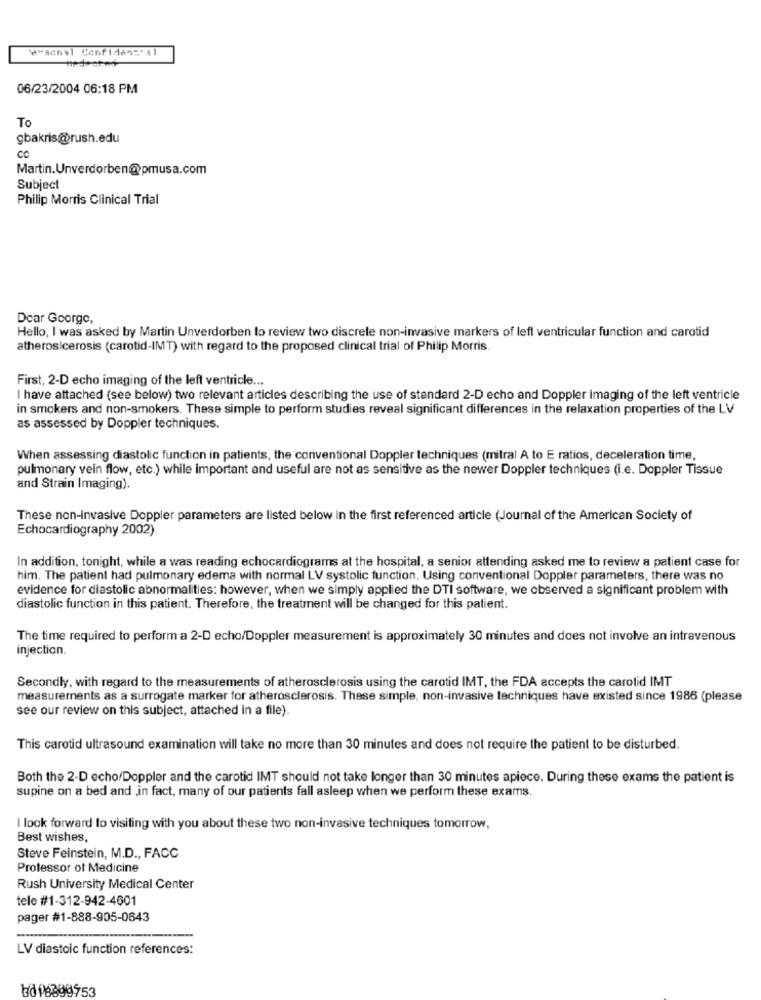
w"sanal Confidencial
06/23/2004 06:18 PM
To
gbakris@rush.edu
cc
Martin. Unverdorben@pmusa.com
Subject
Philip Morris Clinical Trial
Dear George,
Hello, I was asked by Martin Unverdorben to review two discrete non-invasive markers of left ventricular function and carotid
atherosicerosis (carotid-IMT) with regard to the proposed clinical trial of Philip Morris
First, 2-D echo imaging of the left ventricle ...
I have attached (see below) two relevant articles describing the use of standard 2-D echo and Doppler imaging of the left ventricle
in smokers and non-smokers. These simple to perform studies reveal significant differences in the relaxation properties of the LV
as assessed by Doppler techniques.
When assessing diastolic function in patients, the conventional Doppler techniques (mitral A to E ratios, deceleration time,
pulmonary vein flow, etc.) while important and useful are not as sensitive as the newer Doppler techniques (i.e. Doppler Tissue
and Strain Imaging).
These non-Invasive Doppler parameters are listed below in the first referenced article (Journal of the American Society of
Echocardiography 2002).
In addition, tonight, while a was reading echocardiograms at the hospital, a senior attending asked me to review a patient case for
him. The patient had pulmonary edema with normal LV systolic function. Using conventional Doppler parameters, there was no
evidence for diastolic abnormalities: however, when we simply applied the DTI software, we observed a significant problem with
diastolic function in this patient. Therefore, the treatment will be changed for this patient.
The time required to perform a 2-D echo/Doppler measurement is approximately 30 minutes and does not involve an intravenous
injection.
Secondly, with regard to the measurements of atherosclerosis using the carotid IMT, the FDA accepts the carotid IMT
measurements as a surrogate marker for atherosclerosis. These simple, non-invasive techniques have existed since 1986 (please
see our review on this subject, attached in a file).
This carotid ultrasound examination will take no more than 30 minutes and does not require the patient to be disturbed.
Both the 2-D echo/Doppler and the carotid IMT should not take longer than 30 minutes apiece. During these exams the patient is
supine on a bed and ,in fact, many of our patients fall asleep when we perform these exams.
I look forward to visiting with you about these two non-invasive techniques tomorrow,
Best wishes,
Steve Feinstein, M.D ., FACC
Professor of Medicine
Rush University Medical Center
tele #1-312-942-4601
pager #1-888-905-0643
LV diastoic function references:
bd 6399753